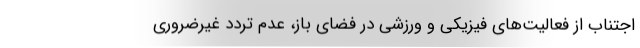
اجتناب از فعالیت‌های فیزیکی و ورزشی در فضای باز، عدم تردد غیرضروری